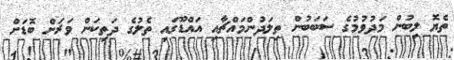
ތެޔޮ ލިބުން މަދުވުމުގެ ސަބަބުން ތިލަދުންމައްޗާއި އައްޑޫގައި ތެލުގެ ދަތިކަން ވަރަށް ބޮޑަށް